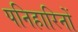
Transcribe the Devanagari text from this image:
पनिहारिनों